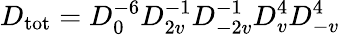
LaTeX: D_{\mathrm{tot}}=D_{0}^{-6}D_{2v}^{-1}D_{-2v}^{-1}D_{v}^{4}D_{-v}^{4}